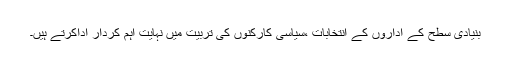
بنیادی سطح کے اداروں کے انتخابات ،سیاسی کارکنوں کی تربیت میں نہایت اہم کردار اداکرتے ہیں۔